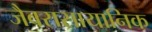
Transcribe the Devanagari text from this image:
जैवरासायानिक